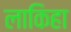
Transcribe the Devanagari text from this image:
लाकिहा